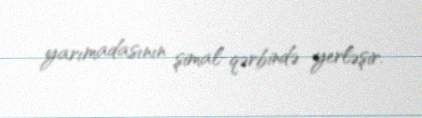
yarımadasının şimal-qərbində yerləşir.